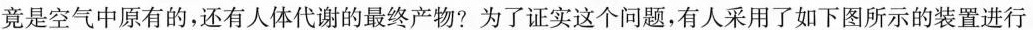
竟是空气中原有的，还有人体代谢的最终产物?为了证实这个问题，有人采用了如下图所示的装置进行